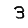
Digit: 3